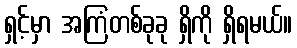
ရှင့်မှာ အကြံတစ်ခုခု ရှိကို ရှိရမယ်။